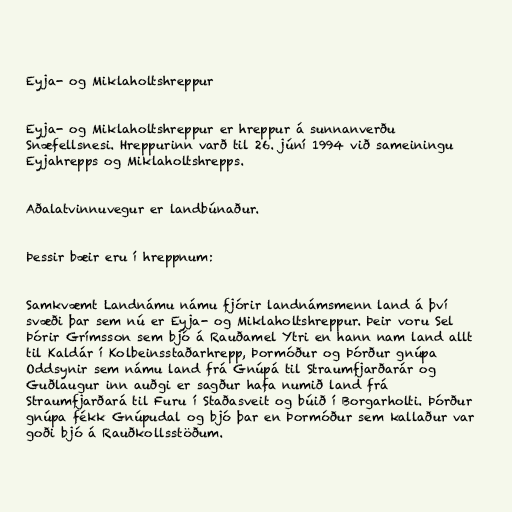
Eyja- og Miklaholtshreppur

Eyja- og Miklaholtshreppur er hreppur á sunnanverðu
Snæfellsnesi. Hreppurinn varð til 26. júní 1994 við sameiningu
Eyjahrepps og Miklaholtshrepps.

Aðalatvinnuvegur er landbúnaður.

Þessir bæir eru í hreppnum:

Samkvæmt Landnámu námu fjórir landnámsmenn land á því
svæði þar sem nú er Eyja- og Miklaholtshreppur. Þeir voru Sel
Þórir Grímsson sem bjó á Rauðamel Ytri en hann nam land allt
til Kaldár í Kolbeinsstaðarhrepp, Þormóður og Þórður gnúpa
Oddsynir sem námu land frá Gnúpá til Straumfjarðarár og
Guðlaugur inn auðgi er sagður hafa numið land frá
Straumfjarðará til Furu í Staðasveit og búið í Borgarholti. Þórður
gnúpa fékk Gnúpudal og bjó þar en Þormóður sem kallaður var
goði bjó á Rauðkollsstöðum.